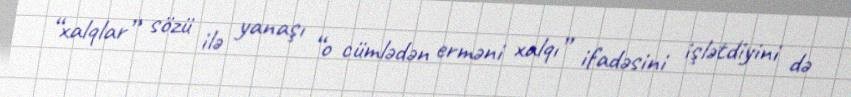
“xalqlar” sözü ilə yanaşı “o cümlədən erməni xalqı” ifadəsini işlətdiyini də